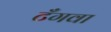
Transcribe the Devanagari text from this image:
टँगवा